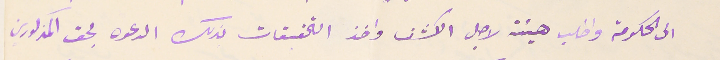
الى الحكومة واطلب هيئة لاجل الكشف واخذ التحقيقات لذلك الدعوه بحق المذكورين